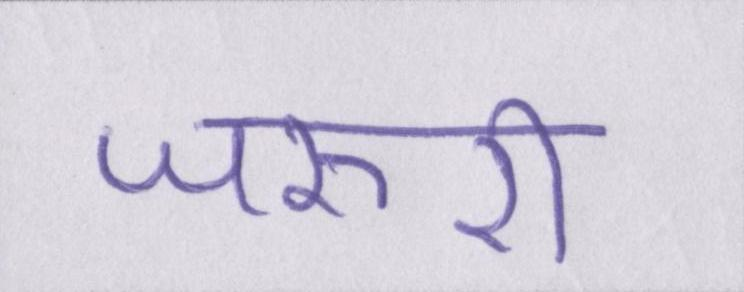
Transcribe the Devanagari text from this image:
जरूरी